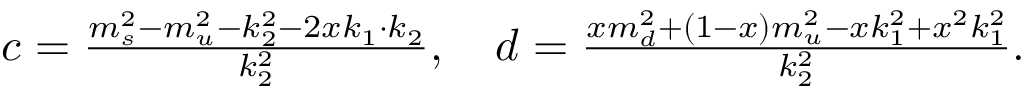
\begin{array} { r } { c = \frac { m _ { s } ^ { 2 } - m _ { u } ^ { 2 } - k _ { 2 } ^ { 2 } - 2 x k _ { 1 } \cdot k _ { 2 } } { k _ { 2 } ^ { 2 } } , \quad d = \frac { x m _ { d } ^ { 2 } + ( 1 - x ) m _ { u } ^ { 2 } - x k _ { 1 } ^ { 2 } + x ^ { 2 } k _ { 1 } ^ { 2 } } { k _ { 2 } ^ { 2 } } . } \end{array}